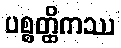
ပစ္စတ္ထိကဿ